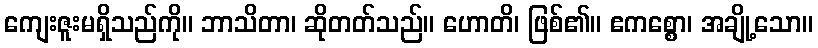
ကျေးဇူးမရှိသည်ကို။ ဘာသိတာ၊ ဆိုတတ်သည်။ ဟောတိ၊ ဖြစ်၏။ ဧကစ္စော၊ အချို့သော။